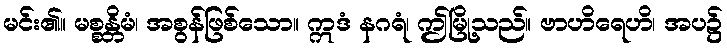
မင်း၏။ မစ္စန္တိမံ၊ အစွန်ဖြစ်သော။ ဣဒံ နဂရံ၊ ဤမြို့သည်။ ဗာဟိရေဟိ၊ အပ၌